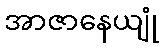
အာဇာနေယျုံ